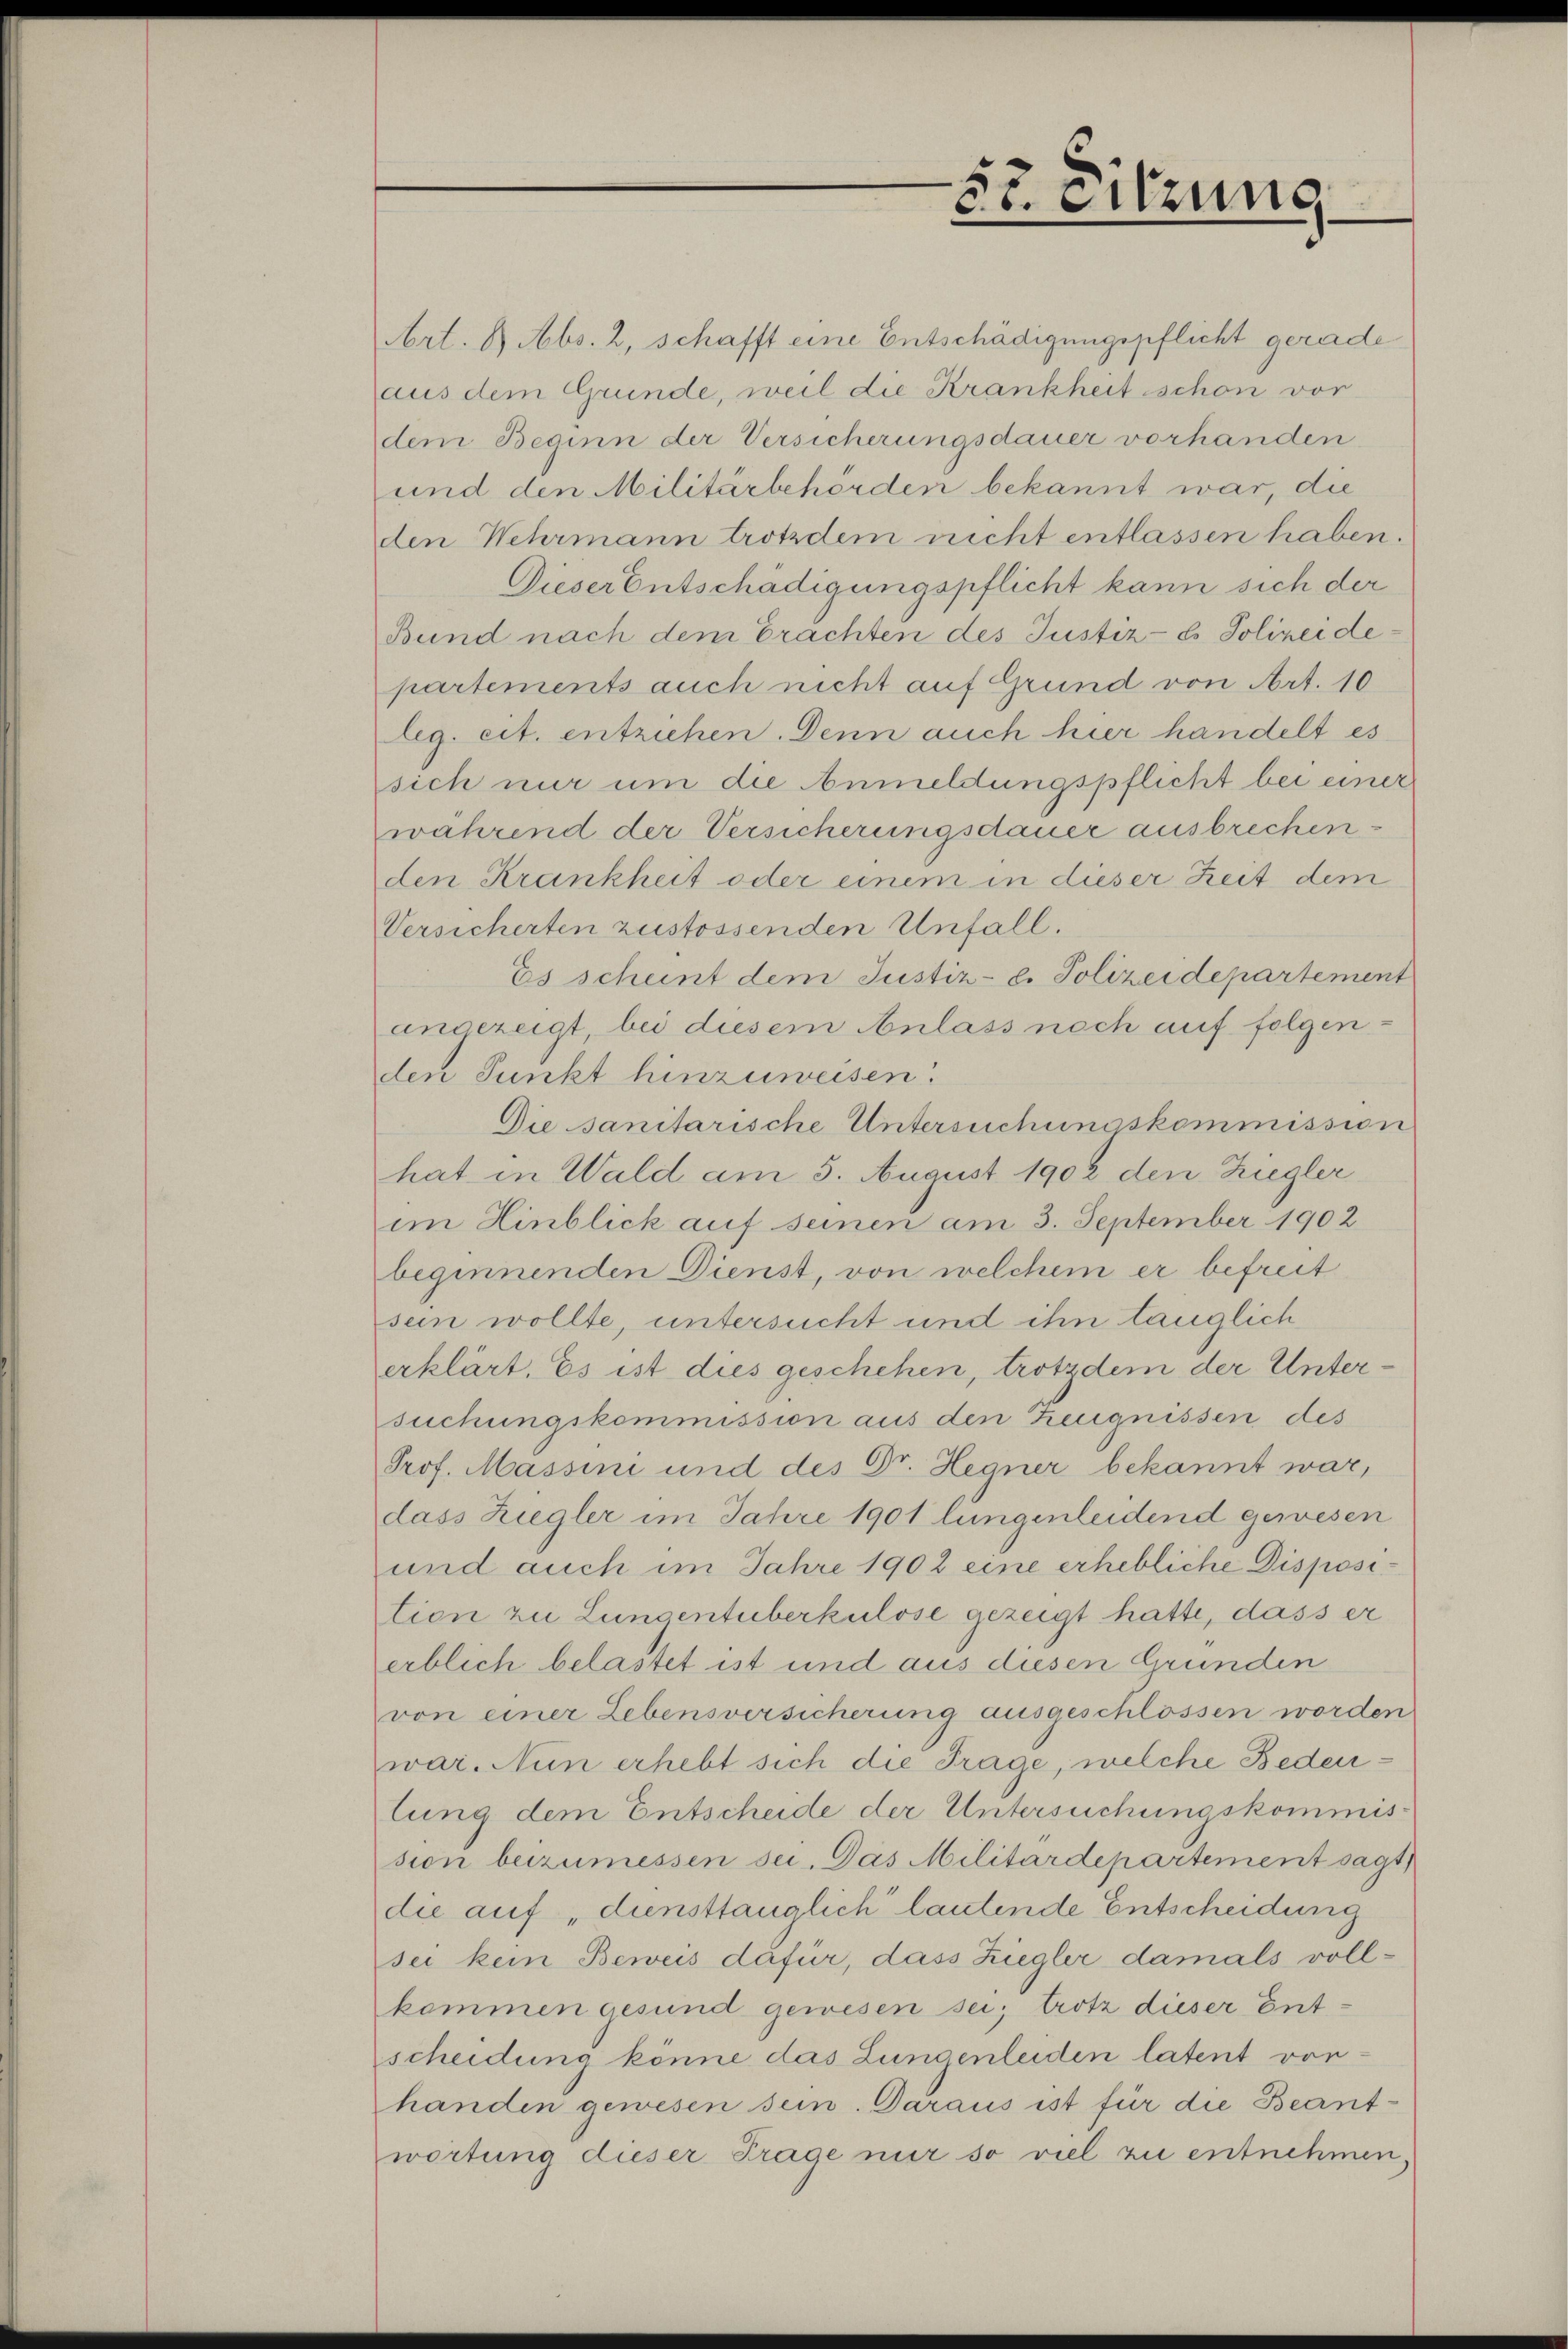
St. Sitzung

Art. 8 Abs. 2, schafft eine Entschädigungspflicht gerade
aus dem Gründe, weil die Krankheit schon vor
dem Beginn der Versicherungsdauer vorhanden.
und den Militärbehörden bekannt war, die
den Wehrmann trotzdem nicht entlassen haben.
Dieser Entschädigungspflicht kann sich der
Bund nach dem Erachten des Justiz- & Polizeidepartements auch nicht auf Grund von Art. 10
leg. eit. entziehen. Denn auch hier handelt es
sich nur um die Anmeldungspflicht bei einer
während der Versicherungsdauer ausbrechenden Krankheit oder einem in dieser Zeit dem
Versicherten zustossenden Unfall.
Es scheint dem Justiz- u. Polizeidepartement
angezeigt, bei diesem Anlass nach auf folgen-
den Punkt hinzuweisen.
Die sanitarische Untersuchungskommission
hat in Wald am 5. August 1902 den Ziegler
im Hinblick auf seinen am 3. September 1902
beginnenden Dienst, von welchem er befreit
sein wollte, untersucht und ihn tauglich
erklärt. Es ist dies geschehen, trotzdem der Untersuchungskommission aus den Zeugnissen des
Prof. Massini und des Dr. Hegner bekannt war,
dass Ziegler im Jahre 1901 lungenleidend gewesen
und auch im Jahre 1902 eine erhebliche Disposition zu Lungentuberkulose gezeigt hatte, dass er
erblich belastet ist und aus diesen Gründen
von einer Lebensversicherung ausgeschlossen worden
war. Nun erhebt sich die Frage, welche Bedeulung dem Entscheide der Untersuchungskommission beizumessen sei. Das Militärdepartement sagt
die auf „diensttänglich lautende Entscheidung
sei kein Beweis dafür, dass Ziegler damals vollkommen gesund gewesen sei; trotz dieser Entscheidung könne das Lungenleiden latent von
handen gewesen sein. Daraus ist für die Beantwortung dieser Frage nur so viel zu entnehmen,